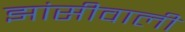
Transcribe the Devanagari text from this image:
झांसीवाली